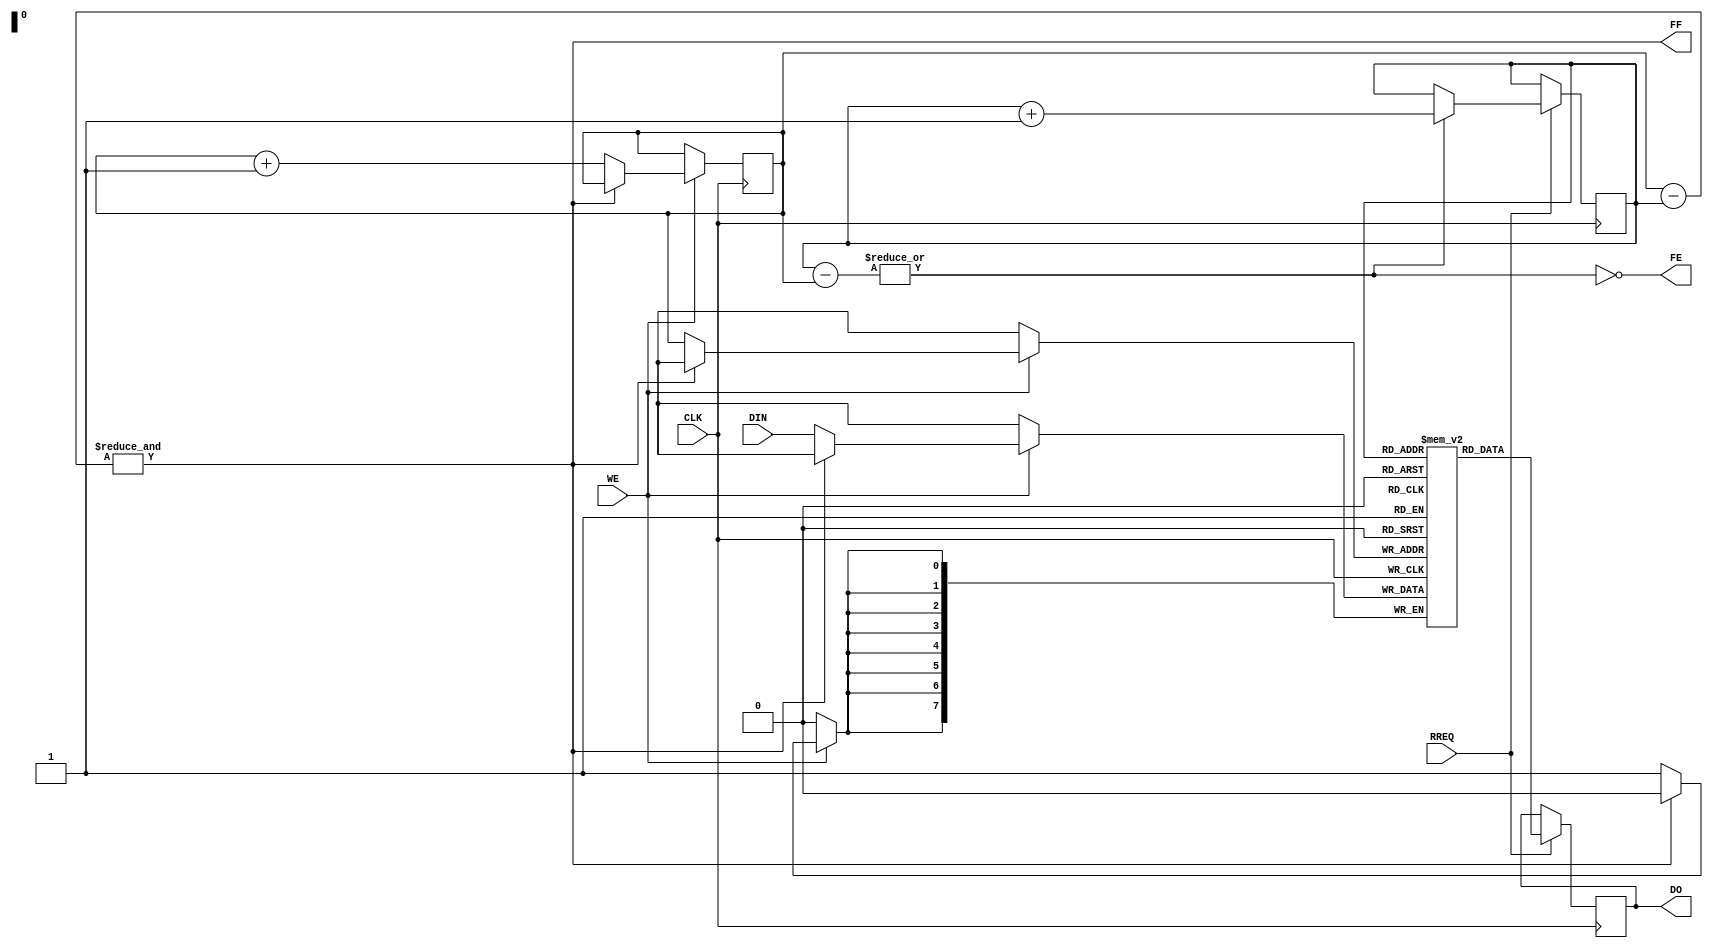
`timescale 1ns / 1ps
//////////////////////////////////////////////////////////////////////////////////
// Company: 
// Engineer: 
// 
// Design Name: 
// Module Name:    FIFO 
// Project Name: 
// Target Devices: 
// Tool versions: 
// Description: 
//
// Dependencies: 
//
// Revision: 
// Revision 0.01 - File Created
// Additional Comments: 
//
//////////////////////////////////////////////////////////////////////////////////
module FIFO(DIN,RREQ,WE,CLK,DO,FF,FE);

	input [7:0] DIN;
	input RREQ, WE, CLK;
	output reg [7:0] DO;
	output FF, FE;
	
	reg [7:0] buffer [255:0];
	reg [7:0] rp, wp;
	
	//assign FE = &(rp - wp); // rp - wp == -1 = 11111111; and reduce checks that everything is a 1
	assign FE = ~(|(rp - wp)); // rp == wp. Does this work now that I fixed fifo read count?
	assign FF = &(wp - rp); // wastes a byte but I'm lazy
	
	always @(posedge CLK)
	begin
		if (RREQ) begin
		// Allow reading from empty buffer (indicate stale data)
			DO <= buffer[rp];
			if (!FE) begin
				rp <= rp + 1;			
			end
		end
		if (WE) begin
			if (!FF) begin
				buffer[wp] <= DIN;
				wp <= wp + 1;
			end
		end
	end
	
	
	integer i;
	initial
	begin
		wp <= 0;
		rp <= 0;
		for (i=0;i<256;i=i+1) begin
			buffer[i] <= 0;
		end
	end

endmodule